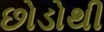
છોડોથી